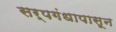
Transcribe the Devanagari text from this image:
सर्पगंधापासून